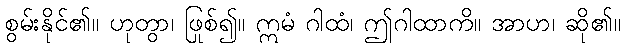
စွမ်းနိုင်၏။ ဟုတွာ၊ ဖြစ်၍။ ဣမံ ဂါထံ၊ ဤဂါထာကို။ အာဟ၊ ဆို၏။